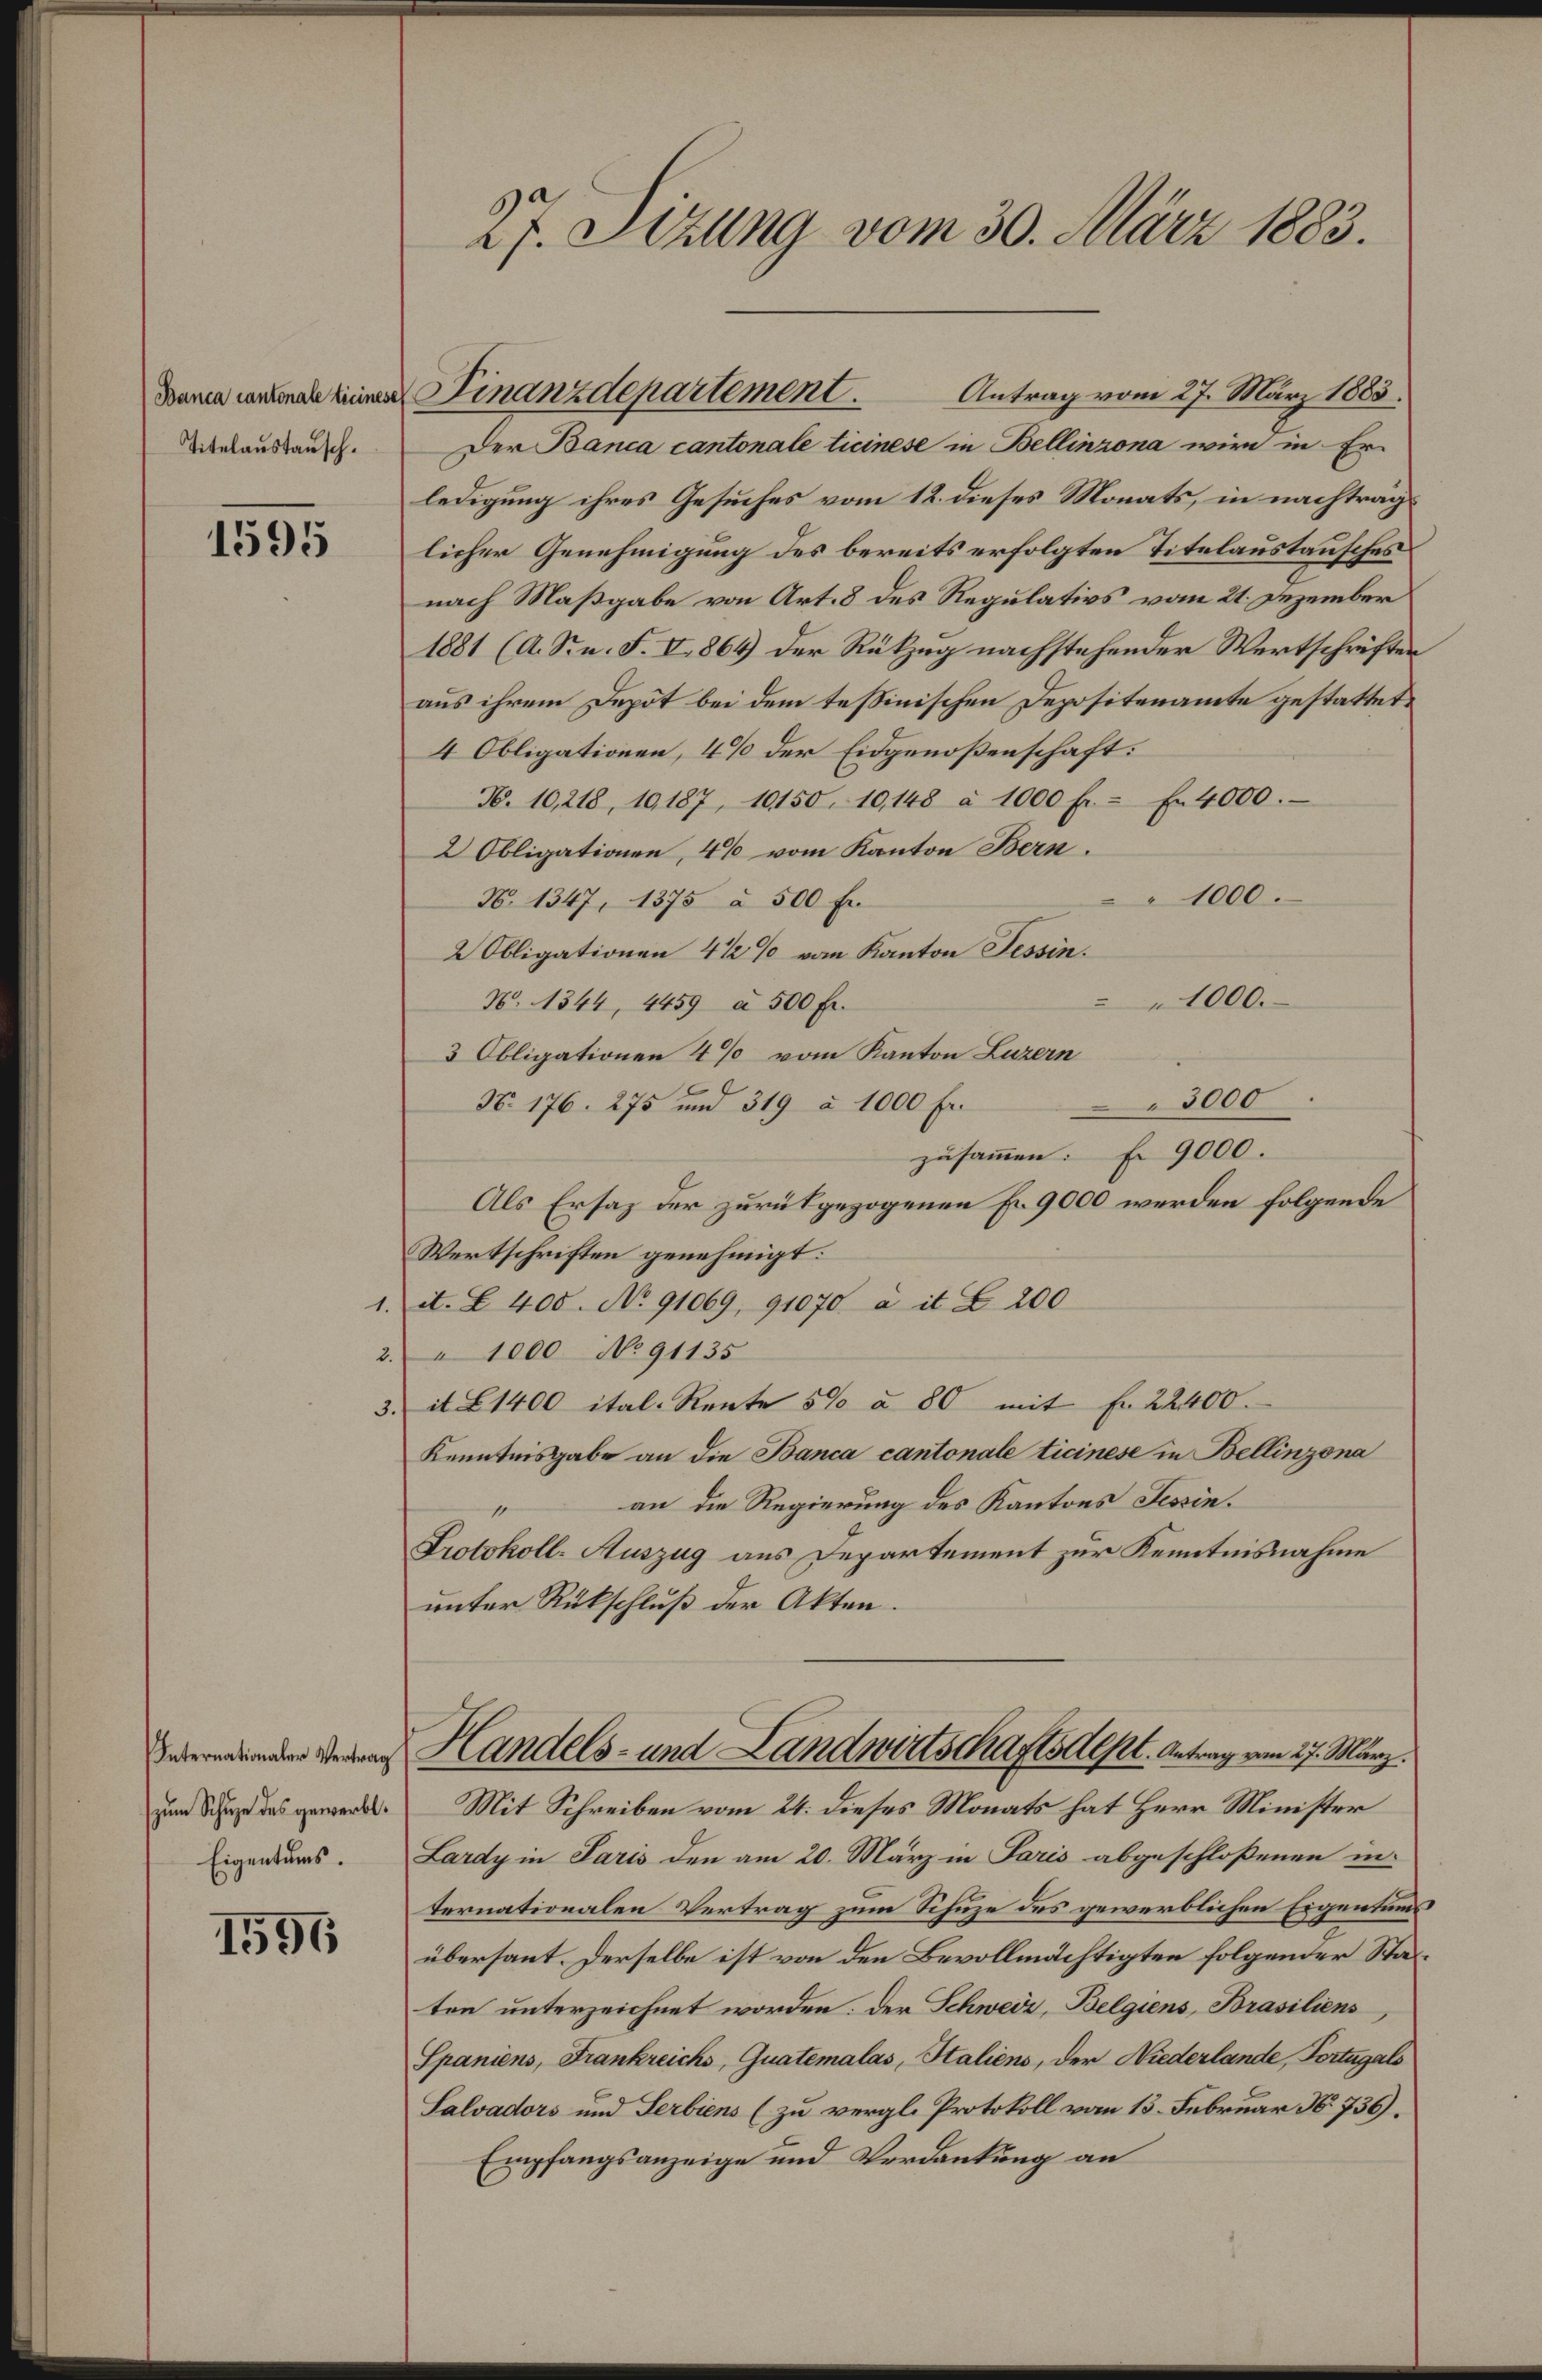
Titelaustausch.

1595

d
¬

Internationaler Vertrag
zum Schuze des gewerbt.
Eigentums.

1596

Antrag vom 27. März 1883.
Der Banca cantonale ticinese in Bellinzona wird in Er
ledigung ihres Gesuches vom 18. dieses Monats, in nachtraglicher Genehmigung des bereits erfolgten Titelaustausches
nach Maßgabe von Art. 8 des Regulativs vom 21. Dezember
1881 (A. S. n. F. V 864 der Rükzug nachstehender Wertschriften
aus ihrem Depot bei dem tessinischen Depositenamte gestattet,
4 Obligationen, 4% der Eidgenoßenschaft:
N. 10,218, 10187, 10150, 10,148 à 1000 Fr. - Fr. 4000.
2 Obligationen, 4% vom Kanton Bern.
1000.
N. 1347, 1375 à 500 Fr.
2 Obligationen 4 1/2% vom Kanton Tessin.
1000.
N. 1344, 4459 a 500 Fr.
3 Obligationen 4% vom Kanton Luzern
" 3000
N. 176. 275 und 319 à 1000 Fr.
zusammen. Er 9000.
Als Ersatz der zurückgezogenen Fr. 9000 werden folgende
Wertschriften genehmigt:
it. B. 400. No 91069, 91070 à it L 200
" 1000 No 91135
 it 1400 ital. Rente 5% à 80 mit Fr. 22400.
Kenntnisgabe an die Banca cantonale Ticinese in Bellinzona
an die Regierung des Kantons Tessin.
Protokoll-Auszug aus Departement zur Kenntnisnahme
unter Rückschluß der Akten.
Handels- und Landwirtschafts Alpl. Antrag vom 27. März.
Mit Schreiben vom 24. dieses Monats hat Herr Minister
Lardy in Paris den am 20. März in Paris abgeschloßenen in
ternationalen Vertrag zum Schuze des gewerblichen Eigentums
übersant. Derselbe ist von den Bevollmächtigten folgender Statten unterzeichnet worden. Der Schweiz, Belgiens, Brasiliens
Spaniens, Frankreichs, Quatemalas, Italiens, der Niederlande, Fortugals
Salvadors und Serbiens (zu vergl. Protokoll vom 13. Februar N. 736).
Empfangsanzeige und Verdankung an

27. Setzung vom 30. März 1883.

Dann ausmal keiner Finanzdepartement.